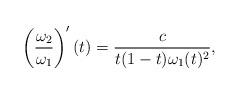
LaTeX: \begin{align*}\left( \frac{\omega_2}{\omega_1}\right)'(t)= \frac{c}{t(1-t)\omega_1(t)^2},\end{align*}